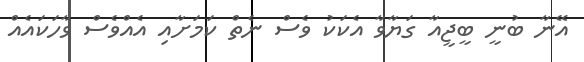
އޭނާ ބުނީ ބީޖީއާ ގަޔާވާ އެކަކު ވެސް ނެތް ކަމަށާއި އެއްވެސް ވާހަކައެއް